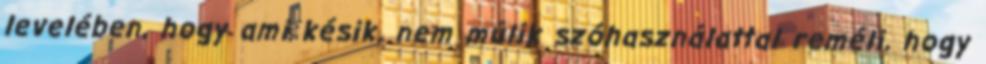
levelében, hogy ami késik, nem múlik szóhasználattal reméli, hogy